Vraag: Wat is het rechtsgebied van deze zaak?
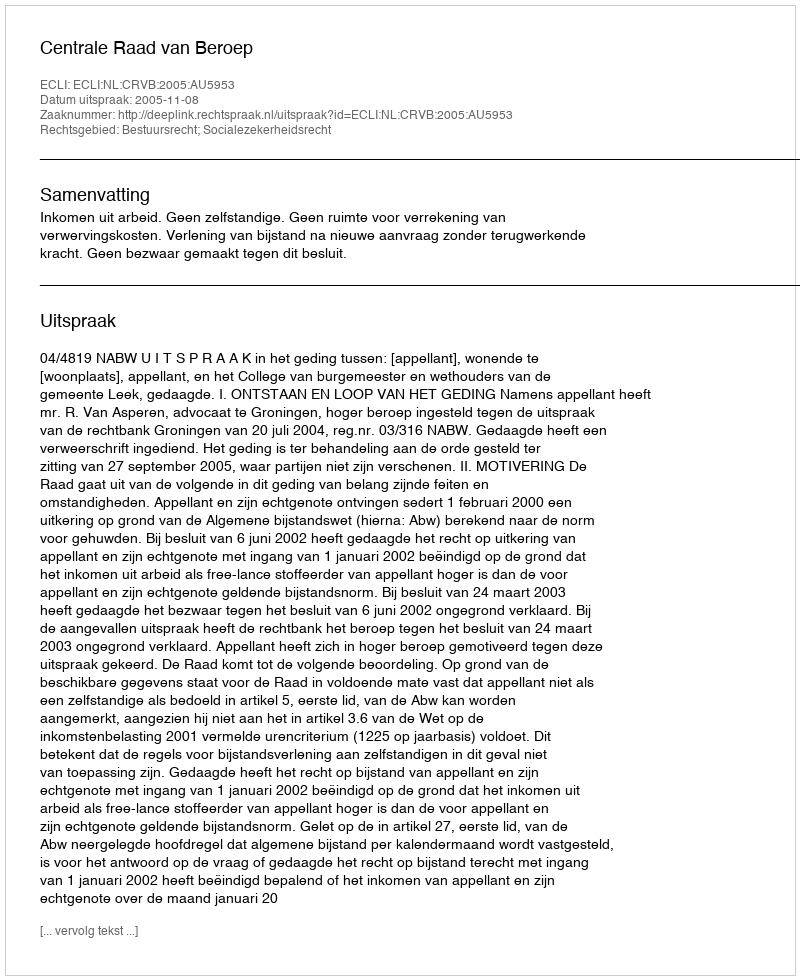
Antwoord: Bestuursrecht; Socialezekerheidsrecht